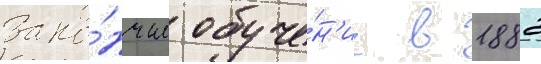
Зако́нчил обуче́н'ие в 1882